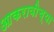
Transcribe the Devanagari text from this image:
आकरावीच्या